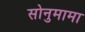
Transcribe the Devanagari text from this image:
सोनुमामा